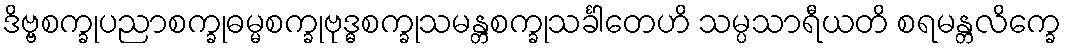
ဒိဗ္ဗစက္ခုပညာစက္ခုဓမ္မစက္ခုဗုဒ္ဓစက္ခုသမန္တစက္ခုသင်္ခါတေဟိ သမ္ပသာရီယတိ စရမန္တလိက္ခေ